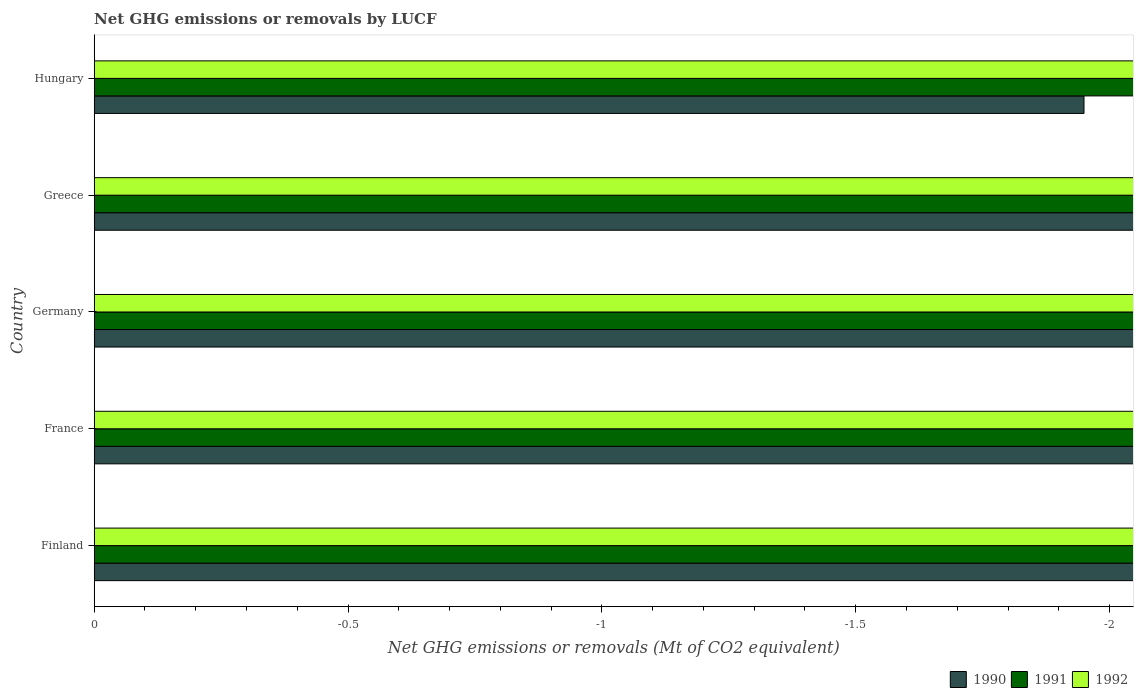
| Country | 1990 | 1991 | 1992 |
 | --- | --- | --- | --- |
 | Finland | -15 | -29.1 | -23.1 |
 | France | -39.7 | -35.6 | -40.2 |
 | Germany | -31.2 | -31.4 | -31.6 |
 | Greece | -2.5 | -2.59 | -2.86 |
 | Hungary | -1.95 | -2.25 | -3.32 |